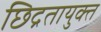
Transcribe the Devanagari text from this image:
छिद्रतायुक्त